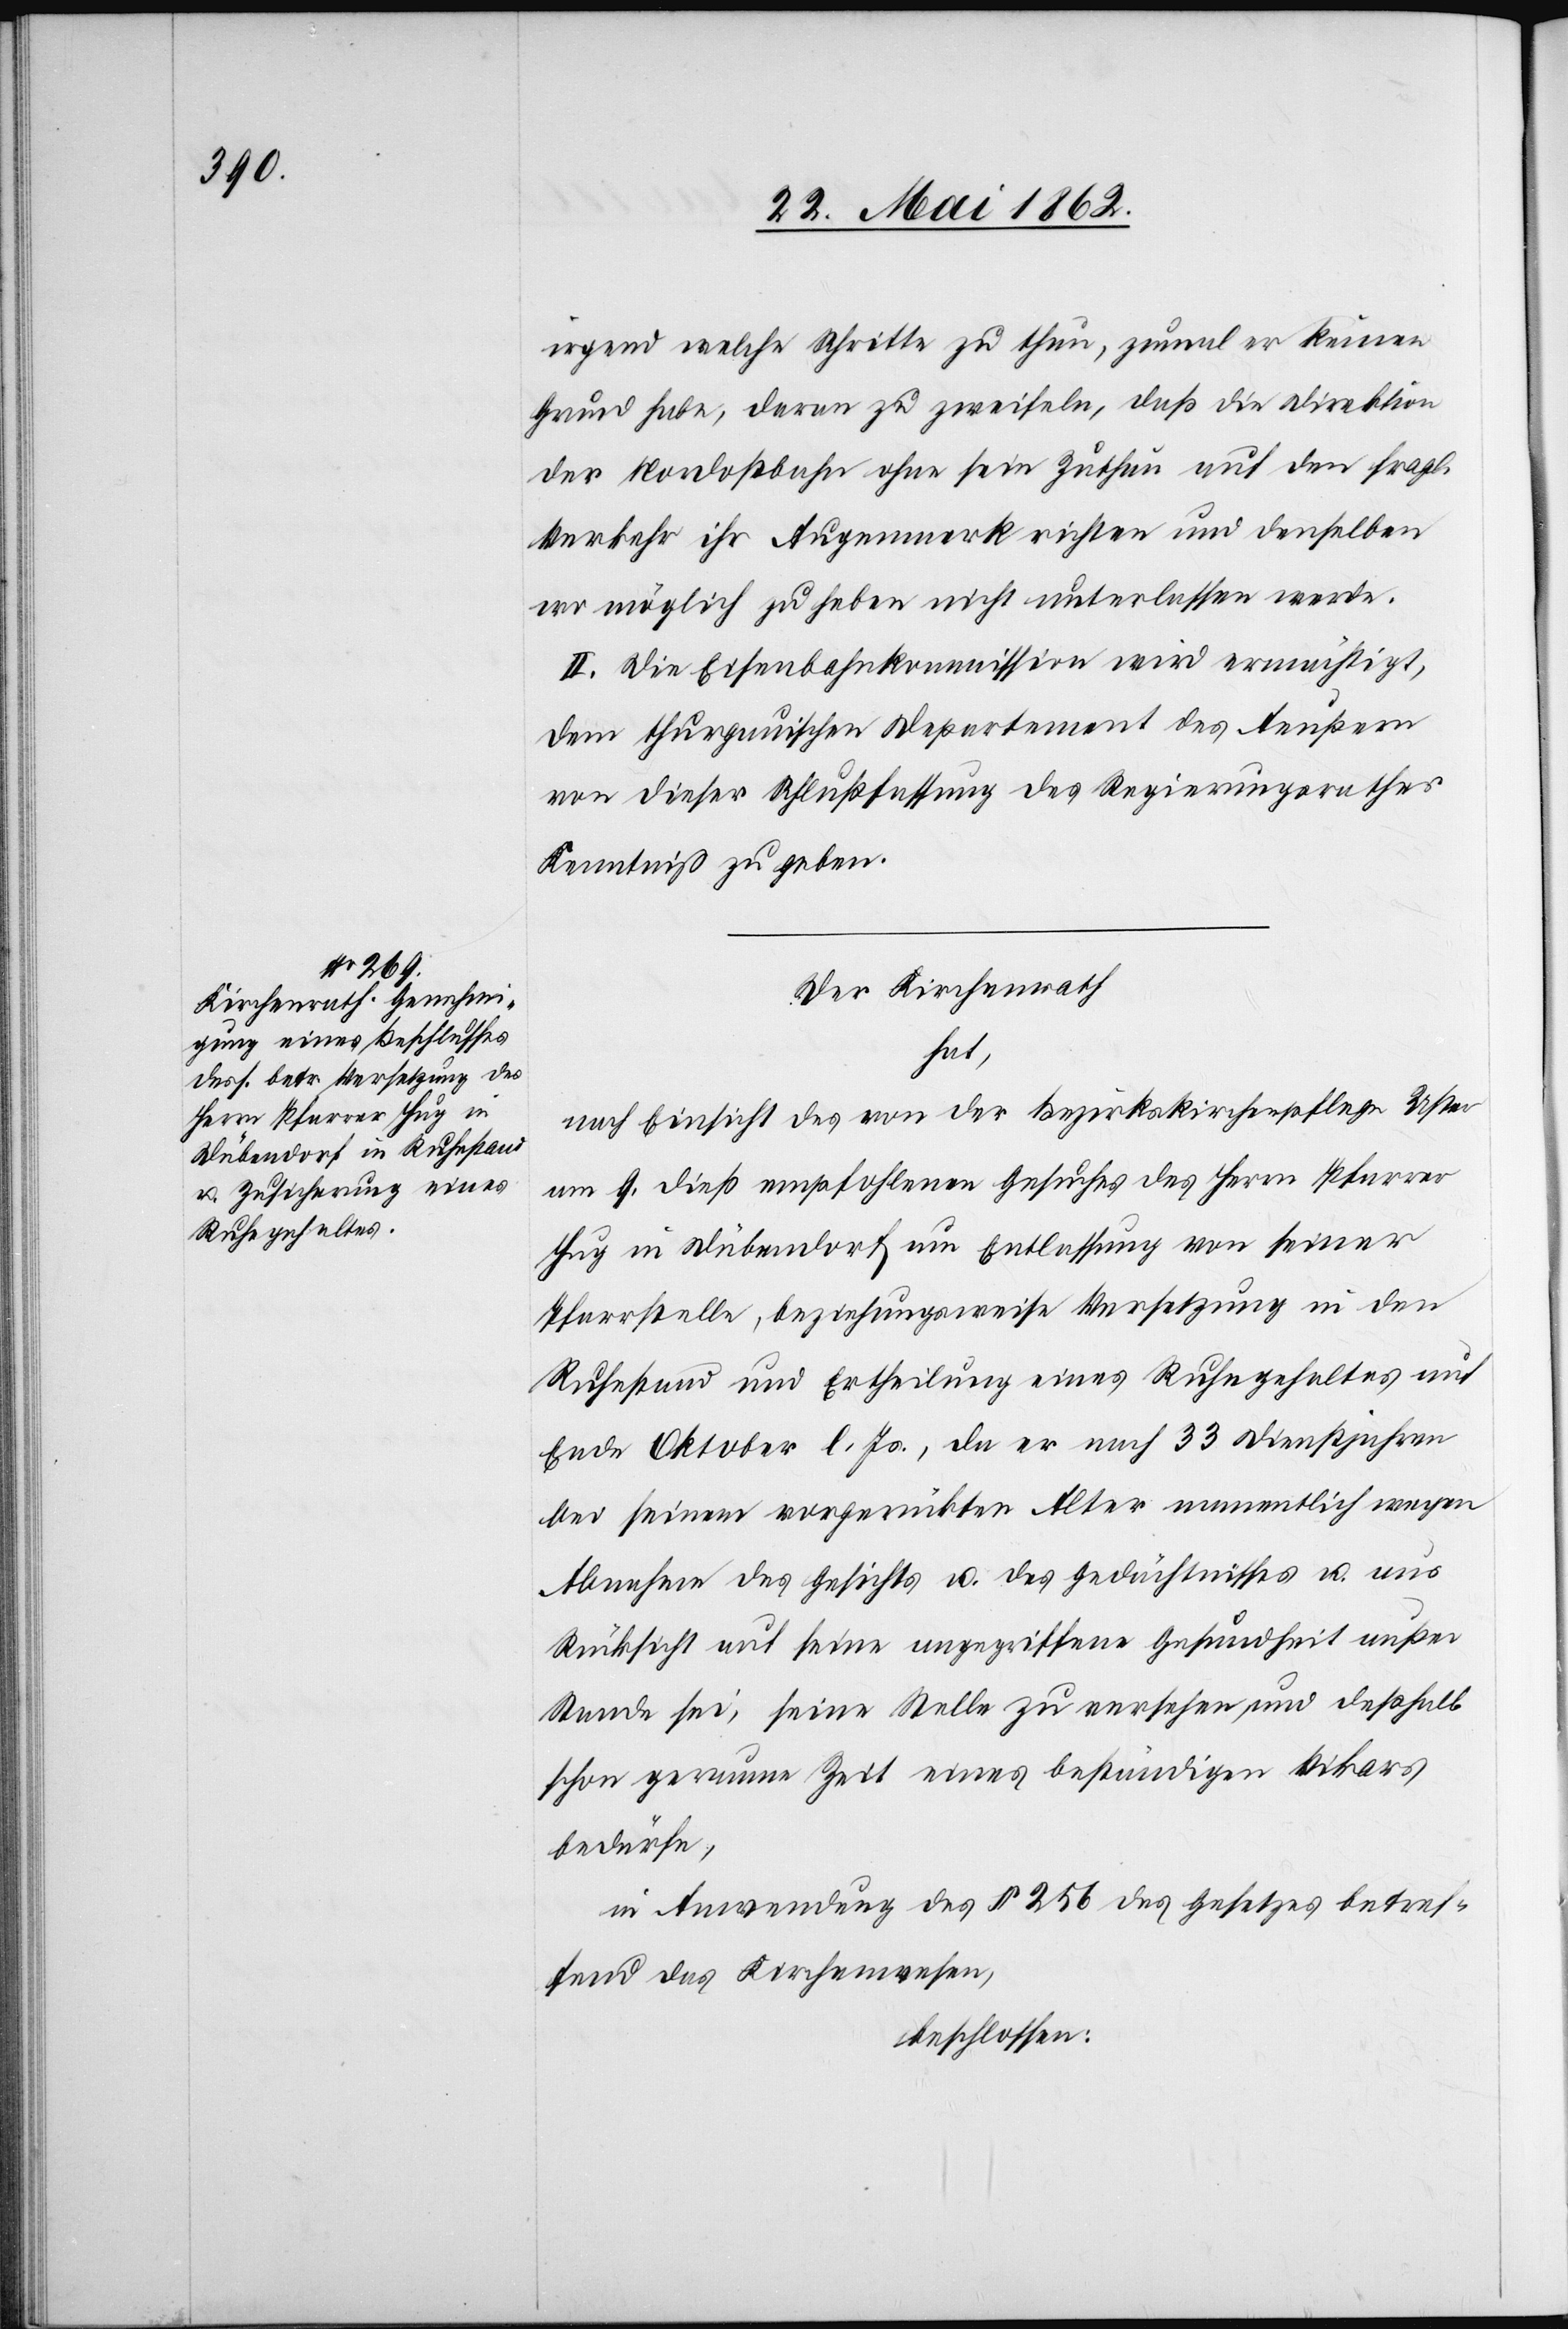
irgend welche Schritte zu thun, zumal er keinen
Grund habe, darum zu zweifeln, daß die Direktion
der Nordostbahn ohne sein Zuthun auf den fragl.
Verkehr ihr Augenmerk richten und denselben
wo möglich zu heben nicht unterlassen werde.
II. Die Eisenbahnkommission wird ermächtigt,
dem thurgauischen Departement des Aeußern
von dieser Schlußfassung des Regierungsrathes
Kenntniß zu geben.
Der Kirchenrath
hat,
nach Einsicht des von der Bezirkskirchenpflege Uster
am 9. dieß empfohlenen Gesuches des Herrn Pfarrer
Hug in Dübendorf um Entlassung von seiner
Pfarrstelle, beziehungsweise Versetzung in den
Ruhestand und Ertheilung eines Ruhegehaltes auf
Ende Oktober l. Js., da er nach 33 Dienstjahren
bei seinem vorgerückten Alter namentlich wegen
Abnahme des Gesichts u. des Gedächtnisses u. aus
Rücksicht auf seine angegriffene Gesundheit außer
Stande sei, seine Stelle zu versehen, und deßhalb
schon geraume Zeit eines beständigen Vikars
bedürfe,
in Anwendung des § 256 des Gesetzes betref¬
fend das Kirchenwesen,
beschlossen: